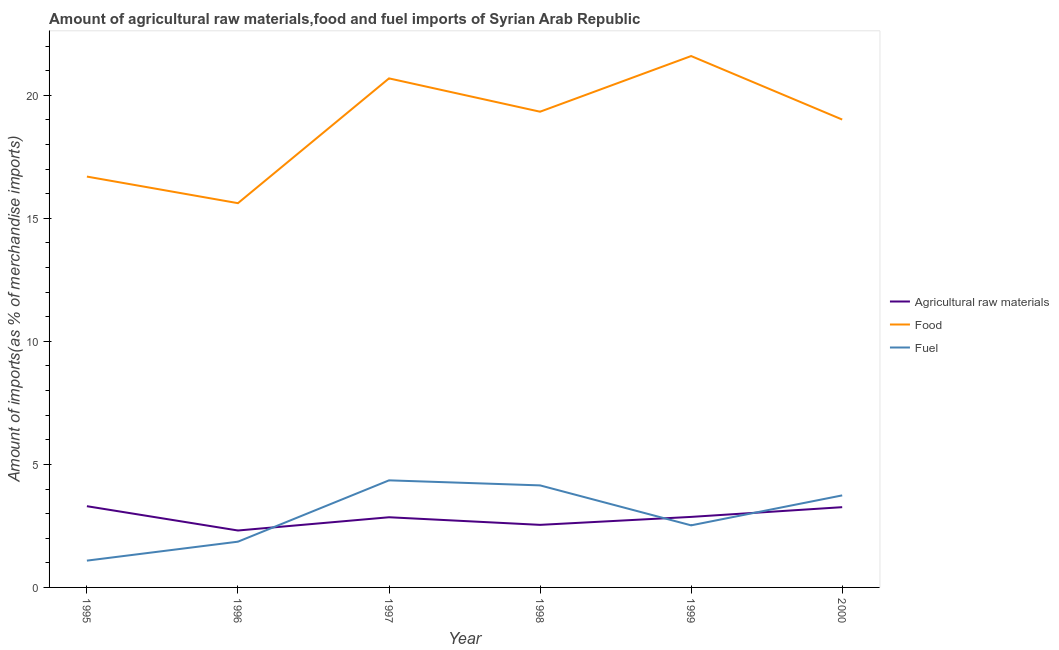
| Year | Agricultural raw materials | Food | Fuel |
 | --- | --- | --- | --- |
 | 1995 | 3.3 | 16.7 | 1.09 |
 | 1996 | 2.31 | 15.6 | 1.86 |
 | 1997 | 2.85 | 20.7 | 4.35 |
 | 1998 | 2.54 | 19.3 | 4.15 |
 | 1999 | 2.87 | 21.6 | 2.52 |
 | 2000 | 3.26 | 19 | 3.74 |